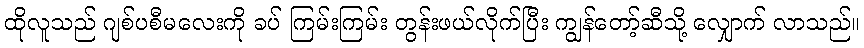
ထိုလူသည် ဂျစ်ပစီမလေးကို ခပ် ကြမ်းကြမ်း တွန်းဖယ်လိုက်ပြီး ကျွန်တော့်ဆီသို့ လျှောက် လာသည်။